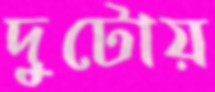
দুটোয়